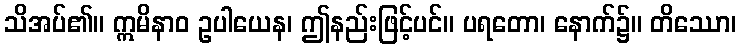
သိအပ်၏။ ဣမိနာဝ ဥပါယေန၊ ဤနည်းဖြင့်ပင်။ ပရတော၊ နောက်၌။ တိဿော၊